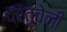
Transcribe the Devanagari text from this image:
पॅरेंतुचेली